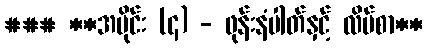
### **အပိုင်း (၄) - ဖုန်းနံပါတ်နှင့် လိပ်စာ**